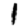
Digit: 1